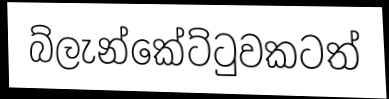
බ්ලැන්කේට්ටුවකටත්